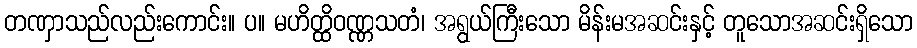
တဏှာသည်လည်းကောင်း။ ပ။ မဟိတ္ထိဝဏ္ဏသတံ၊ အရွယ်ကြီးသော မိန်းမအဆင်းနှင့် တူသောအဆင်းရှိသော